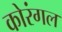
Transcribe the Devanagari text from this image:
कोरंगल